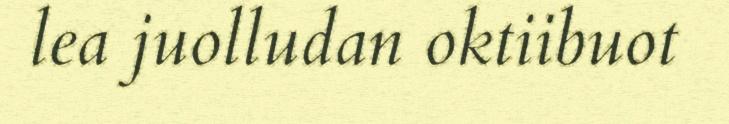
lea juolludan oktiibuot